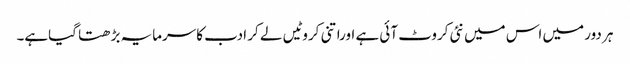
ہر دور میں اس میں نئی کروٹ آئی ہے اوراتنی کروٹیں لے کر ادب کاسرمایہ بڑھتا گیاہے۔